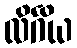
လိင်္ဂိယ